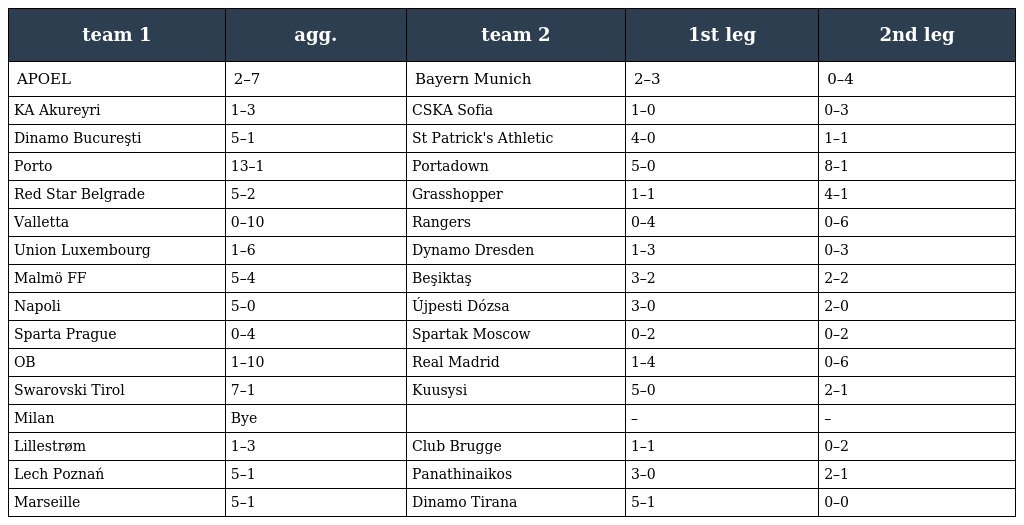
| team 1 | agg. | team 2 | 1st leg | 2nd leg |
 | --- | --- | --- | --- | --- |
 | APOEL | 2–7 | Bayern Munich | 2–3 | 0–4 |
 | KA Akureyri | 1–3 | CSKA Sofia | 1–0 | 0–3 |
 | Dinamo Bucureşti | 5–1 | St Patrick's Athletic | 4–0 | 1–1 |
 | Porto | 13–1 | Portadown | 5–0 | 8–1 |
 | Red Star Belgrade | 5–2 | Grasshopper | 1–1 | 4–1 |
 | Valletta | 0–10 | Rangers | 0–4 | 0–6 |
 | Union Luxembourg | 1–6 | Dynamo Dresden | 1–3 | 0–3 |
 | Malmö FF | 5–4 | Beşiktaş | 3–2 | 2–2 |
 | Napoli | 5–0 | Újpesti Dózsa | 3–0 | 2–0 |
 | Sparta Prague | 0–4 | Spartak Moscow | 0–2 | 0–2 |
 | OB | 1–10 | Real Madrid | 1–4 | 0–6 |
 | Swarovski Tirol | 7–1 | Kuusysi | 5–0 | 2–1 |
 | Milan | Bye |  | – | – |
 | Lillestrøm | 1–3 | Club Brugge | 1–1 | 0–2 |
 | Lech Poznań | 5–1 | Panathinaikos | 3–0 | 2–1 |
 | Marseille | 5–1 | Dinamo Tirana | 5–1 | 0–0 |